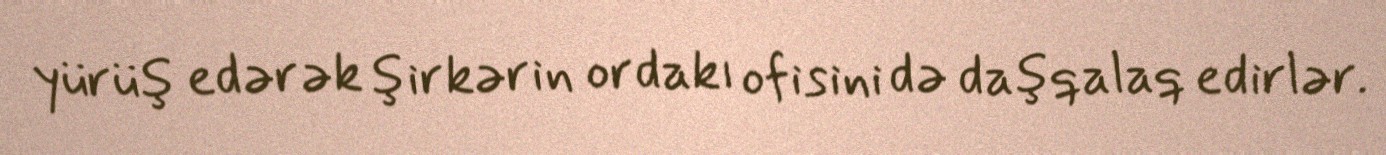
yürüş edərək şirkərin ordakı ofisini də daşqalaq edirlər.